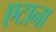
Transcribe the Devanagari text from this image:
एटाना